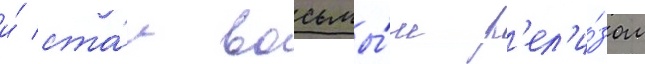
и́ ста́л восьмы́м р'ел'и́зом